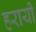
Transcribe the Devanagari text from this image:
हरायी